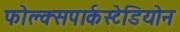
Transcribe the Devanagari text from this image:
फोल्क्सपार्कस्टेडियोन